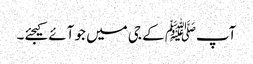
آپﷺ کے جی میں جو آئے کیجئے۔